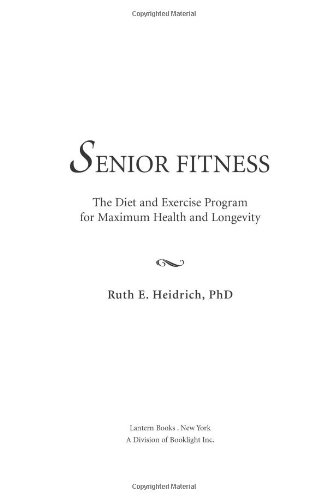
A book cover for Senior Fitness: The Diet and Exercise Program for Maximum Health and Longevity; Ruth E. Heidrich; Health, Fitness & Dieting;